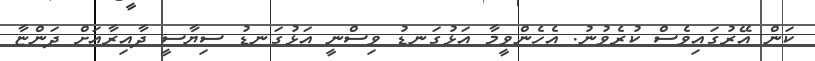
ކަން އޭރުގައިވެސް ކުރެވުނު. އެހެންވީމާ އަޅުގަނޑު ވިސްނީ އަޅުގަނޑު ސިޔާސީ ދާއިރާއަށް ދަންޏާ